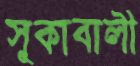
সুকাবালী